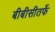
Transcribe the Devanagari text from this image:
बीबीसीतर्फे